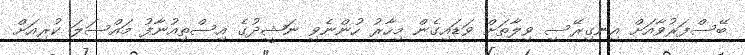
ބޭސްފަރުވާއަށް އިނގިރޭސި ވިލާތަށް ވަޑައިގެން މިހާރު ހުންނެވި ނަޝީދުގެ އިސްތިއުނާފު މައްސަލަ ކުރިއަށް